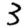
Digit: 3